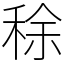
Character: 稌